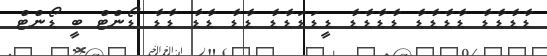
ޑާޑާޑާޑާ ޑާޑާޑާޑާ ޑާޑާޑާޑާ ޑީޑަޑަޑާޑާ ޑާޑާ ޑާޑާ ޑާޑާ ޑޯންޓް ބީ ޑޯންޓް